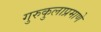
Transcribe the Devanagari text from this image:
गुरुकुलाप्रमाणे